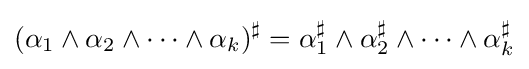
(\alpha _{1}\wedge \alpha _{2}\wedge \cdots \wedge \alpha _{k})^{\sharp }=\alpha _{1}^{\sharp }\wedge \alpha _{2}^{\sharp }\wedge \cdots \wedge \alpha _{k}^{\sharp }